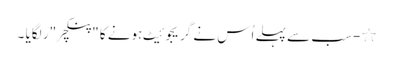
٭- سب سے پہلے اُس نے گریجوئیٹ ہونے کا "پنکچر "ر لگایا ۔